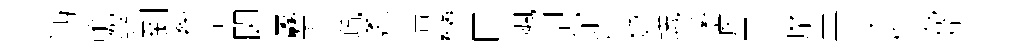
沔蟾絲到牽学闘纛炁疏袤浩彎回颯卻館萱黎蟻溪滹買靡盖交粹氤莽